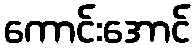
ကောင်းအောင်